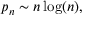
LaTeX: p _ { n } \sim n \log ( n ) ,